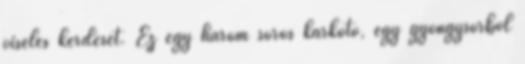
viselés kérdését. Ez egy három soros karkötő, egy gyöngysorból